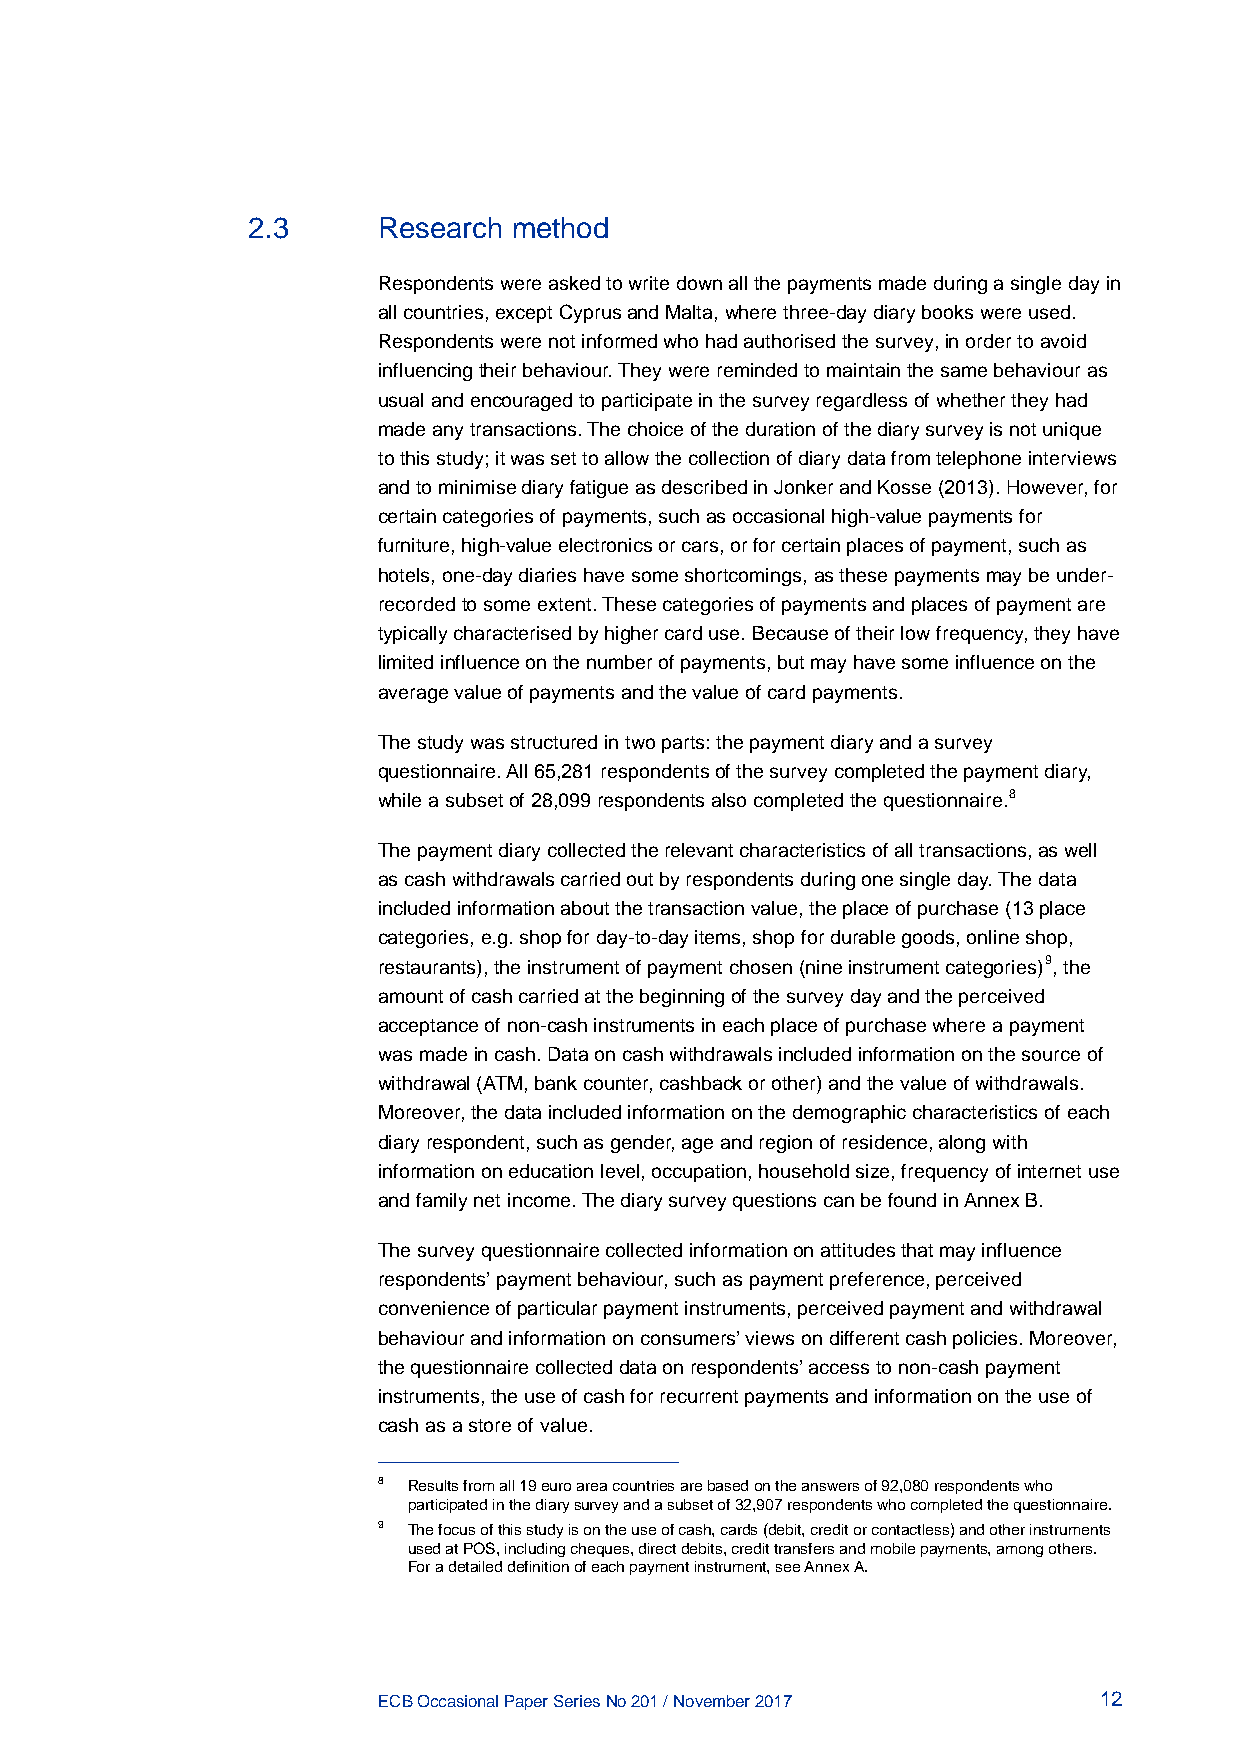
2.3      Research method
 Respondents were asked to write down all the payments made during a single day in
 all countries, except Cyprus and Malta, where three-day diary books were used.
 Respondents were not informed who had authorised the survey, in order to avoid
 influencing their behaviour. They were reminded to maintain the same behaviour as
 usual and encouraged to participate in the survey regardless of whether they had
 made any transactions. The choice of the duration of the diary survey is not unique
 to this study; it was set to allow the collection of diary data from telephone interviews
 and to minimise diary fatigue as described in Jonker and Kosse (2013). However, for
 certain categories of payments, such as occasional high-value payments for
 furniture, high-value electronics or cars, or for certain places of payment, such as
 hotels, one-day diaries have some shortcomings, as these payments may be under-
 recorded to some extent. These categories of payments and places of payment are
 typically characterised by higher card use. Because of their low frequency, they have
 limited influence on the number of payments, but may have some influence on the
 average value of payments and the value of card payments.
 The study was structured in two parts: the payment diary and a survey
 questionnaire. All 65,281 respondents of the survey completed the payment diary,
 while a subset of 28,099 respondents also completed the questionnaire.8
 The payment diary collected the relevant characteristics of all transactions, as well
 as cash withdrawals carried out by respondents during one single day. The data
 included information about the transaction value, the place of purchase (13 place
 categories, e.g. shop for day-to-day items, shop for durable goods, online shop,
 restaurants), the instrument of payment chosen (nine instrument categories)9, the
 amount of cash carried at the beginning of the survey day and the perceived
 acceptance of non-cash instruments in each place of purchase where a payment
 was made in cash. Data on cash withdrawals included information on the source of
 withdrawal (ATM, bank counter, cashback or other) and the value of withdrawals.
 Moreover, the data included information on the demographic characteristics of each
 diary respondent, such as gender, age and region of residence, along with
 information on education level, occupation, household size, frequency of internet use
 and family net income. The diary survey questions can be found in Annex B.
 The survey questionnaire collected information on attitudes that may influence
 respondents’ payment behaviour, such as payment preference, perceived
 convenience of particular payment instruments, perceived payment and withdrawal
 behaviour and information on consumers’ views on different cash policies. Moreover,
 the questionnaire collected data on respondents’ access to non-cash payment
 instruments, the use of cash for recurrent payments and information on the use of
 cash as a store of value.
 8 Results from all 19 euro area countries are based on the answers of 92,080 respondents who
 participated in the diary survey and a subset of 32,907 respondents who completed the questionnaire.
 9 The focus of this study is on the use of cash, cards (debit, credit or contactless) and other instruments
 used at POS, including cheques, direct debits, credit transfers and mobile payments, among others.
 For a detailed definition of each payment instrument, see Annex A.
 ECB Occasional Paper Series No 201 / November 2017 12